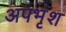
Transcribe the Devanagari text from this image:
अपभृंश